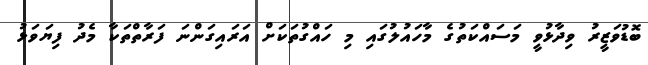
ބޮޑުވަޒީރު ވިދާޅުވީ މަސައްކަތުގެ މާހައުލުގައި މި ހައްގުތަކަށް އަރައިގަންނަ ފަރާތްތަކާ މެދު ފިޔަވަޅު